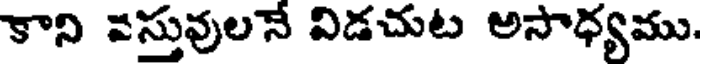
కాని వస్తువులనే విడచుట అసాధ్యము.